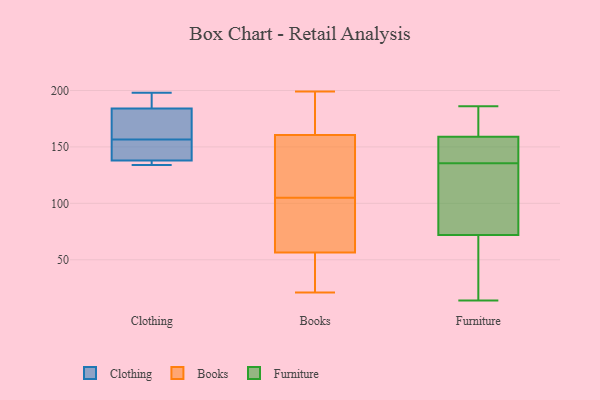
{"axis": {"x": "Headcount", "y": "Value"}, "legend": ["Books", "Clothing", "Furniture"], "data": [{"x": "", "y": 134, "type": "Clothing"}, {"x": "", "y": 198, "type": "Clothing"}, {"x": "", "y": 184, "type": "Clothing"}, {"x": "", "y": 152, "type": "Clothing"}, {"x": "", "y": 137, "type": "Clothing"}, {"x": "", "y": 143, "type": "Clothing"}, {"x": "", "y": 198, "type": "Clothing"}, {"x": "", "y": 138, "type": "Clothing"}, {"x": "", "y": 163, "type": "Clothing"}, {"x": "", "y": 161, "type": "Clothing"}, {"x": "", "y": 49, "type": "Books"}, {"x": "", "y": 169, "type": "Books"}, {"x": "", "y": 102, "type": "Books"}, {"x": "", "y": 21, "type": "Books"}, {"x": "", "y": 144, "type": "Books"}, {"x": "", "y": 34, "type": "Books"}, {"x": "", "y": 179, "type": "Books"}, {"x": "", "y": 199, "type": "Books"}, {"x": "", "y": 91, "type": "Books"}, {"x": "", "y": 165, "type": "Books"}, {"x": "", "y": 158, "type": "Books"}, {"x": "", "y": 154, "type": "Books"}, {"x": "", "y": 75, "type": "Books"}, {"x": "", "y": 45, "type": "Books"}, {"x": "", "y": 159, "type": "Books"}, {"x": "", "y": 105, "type": "Books"}, {"x": "", "y": 59, "type": "Books"}, {"x": "", "y": 124, "type": "Furniture"}, {"x": "", "y": 186, "type": "Furniture"}, {"x": "", "y": 139, "type": "Furniture"}, {"x": "", "y": 172, "type": "Furniture"}, {"x": "", "y": 181, "type": "Furniture"}, {"x": "", "y": 64, "type": "Furniture"}, {"x": "", "y": 158, "type": "Furniture"}, {"x": "", "y": 49, "type": "Furniture"}, {"x": "", "y": 14, "type": "Furniture"}, {"x": "", "y": 35, "type": "Furniture"}, {"x": "", "y": 155, "type": "Furniture"}, {"x": "", "y": 132, "type": "Furniture"}, {"x": "", "y": 145, "type": "Furniture"}, {"x": "", "y": 72, "type": "Furniture"}, {"x": "", "y": 173, "type": "Furniture"}, {"x": "", "y": 159, "type": "Furniture"}, {"x": "", "y": 104, "type": "Furniture"}, {"x": "", "y": 127, "type": "Furniture"}]}